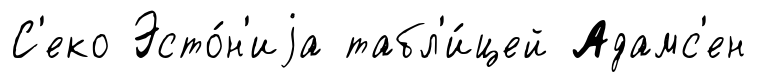
С'еко Эсто́н'иjа табл'и́цей Адамс'ен